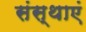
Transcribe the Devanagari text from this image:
संस्थाएं